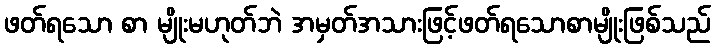
ဖတ်ရသော စာ မျိုးမဟုတ်ဘဲ အမှတ်အသားဖြင့်ဖတ်ရသောစာမျိုးဖြစ်သည်